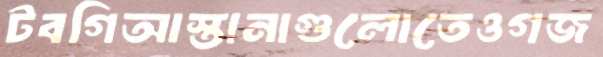
টবগিআস্তানাগুলোতেওগজ